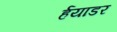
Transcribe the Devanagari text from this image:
र्हयाडर